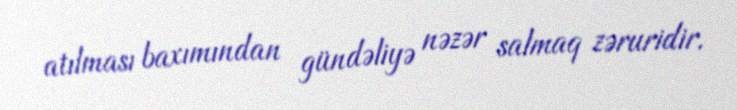
atılması baxımından gündəliyə nəzər salmaq zəruridir.